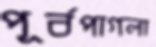
পূর্বপাগলা